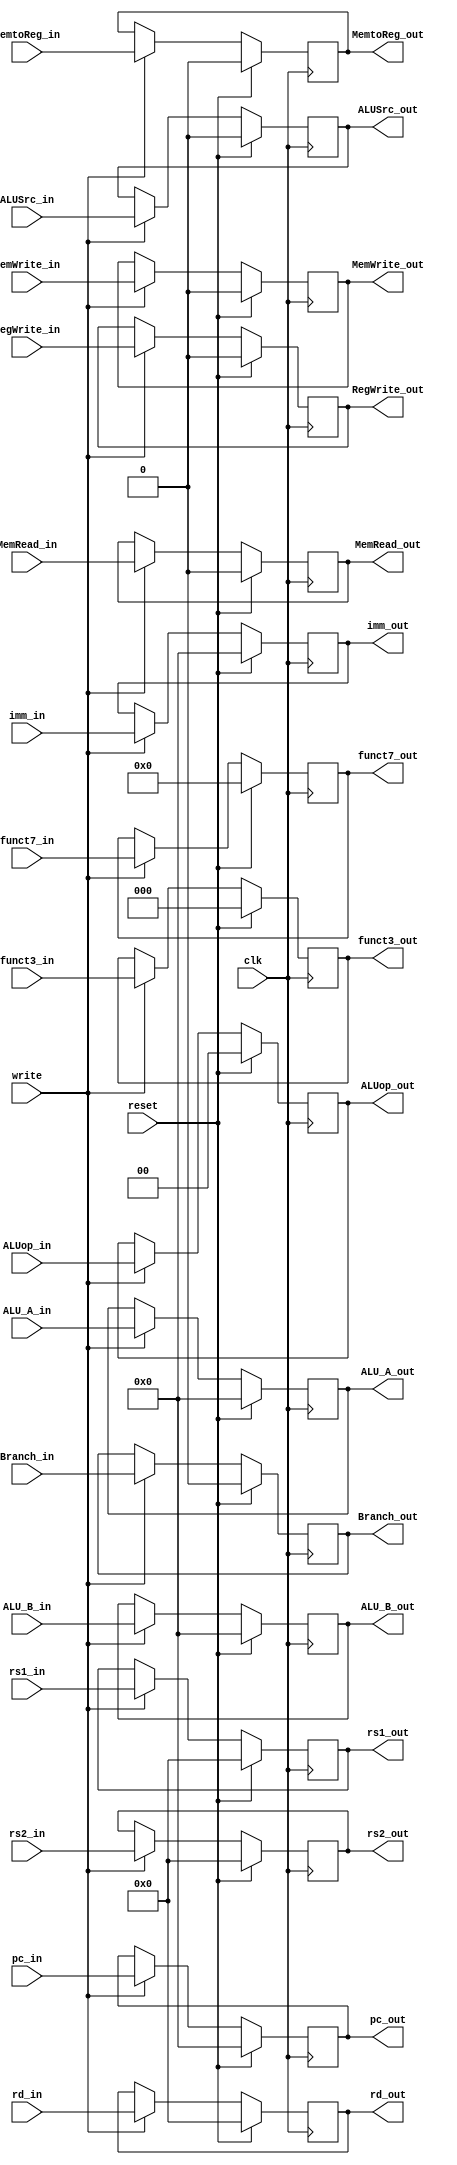
`timescale 1ns / 1ps
//////////////////////////////////////////////////////////////////////////////////
// Company: 
// Engineer: 
// 
// Design Name: 
// Module Name: ID_EX_reg
// Project Name: 
// Target Devices: 
// Tool Versions: 
// Description: 
// 
// Dependencies: 
// 
// Revision:
// Revision 0.01 - File Created
// Additional Comments:
// 
//////////////////////////////////////////////////////////////////////////////////


module ID_EX_reg(
    input clk, write, reset,
    input RegWrite_in, MemtoReg_in, MemRead_in, MemWrite_in, Branch_in,
    input [1:0] ALUop_in,
    input ALUSrc_in,
    input [31:0] pc_in, ALU_A_in, ALU_B_in, imm_in,
    input [4:0] rs1_in, rs2_in, rd_in,
    input [2:0] funct3_in,
    input [6:0] funct7_in,
    
    output reg RegWrite_out, MemtoReg_out, MemRead_out, MemWrite_out, Branch_out,
    output reg [1:0] ALUop_out,
    output reg ALUSrc_out,
    output reg [31:0] pc_out, ALU_A_out, ALU_B_out, imm_out,
    output reg [4:0] rs1_out, rs2_out, rd_out,
    output reg [2:0] funct3_out,
    output reg [6:0] funct7_out
);
    always@(posedge clk)
    begin
        if (reset)
        begin
            RegWrite_out <= 1'b0;
            MemtoReg_out <= 1'b0;
            MemRead_out <= 1'b0;
            MemWrite_out <= 1'b0;
            ALUSrc_out <= 1'b0;
            ALUop_out <= 2'b0;
            Branch_out <= 1'b0;
            pc_out <= 32'b0;
            ALU_A_out <= 32'b0;
            ALU_B_out <= 32'b0;
            imm_out <= 32'b0;
            rs1_out <= 5'b0;
            rs2_out <= 5'b0;
            rd_out <= 5'b0;
            funct3_out <= 3'b0;
            funct7_out <= 7'b0;
        end
        else
        begin
            if (write)
            begin
                RegWrite_out <= RegWrite_in;
                MemtoReg_out <= MemtoReg_in;
                MemRead_out <= MemRead_in;
                MemWrite_out <= MemWrite_in;
                ALUSrc_out <= ALUSrc_in;
                ALUop_out <= ALUop_in;
                Branch_out <= Branch_in;
                pc_out <= pc_in;
                ALU_A_out <= ALU_A_in;
                ALU_B_out <= ALU_B_in;
                imm_out <= imm_in;
                rs1_out <= rs1_in;
                rs2_out <= rs2_in;
                rd_out <= rd_in;
                funct3_out <= funct3_in;
                funct7_out <= funct7_in;
            end
        end
    end
endmodule